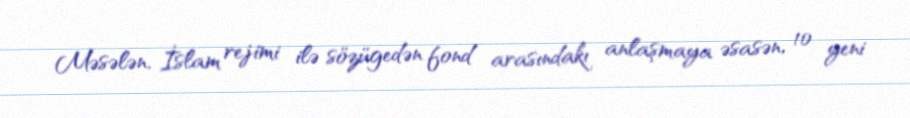
Məsələn, İslam rejimi ilə sözügedən fond arasındakı anlaşmaya əsasən, 10 yeni